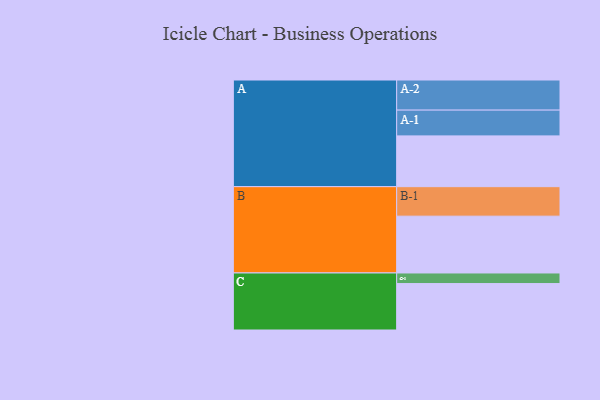
{"axis": {"x": "Segment", "y": "Value"}, "legend": ["", "A", "B", "C"], "data": [{"x": "A", "y": 489, "type": ""}, {"x": "B", "y": 547, "type": ""}, {"x": "C", "y": 447, "type": ""}, {"x": "A-1", "y": 248, "type": "A"}, {"x": "A-2", "y": 290, "type": "A"}, {"x": "B-1", "y": 284, "type": "B"}, {"x": "C-1", "y": 102, "type": "C"}]}